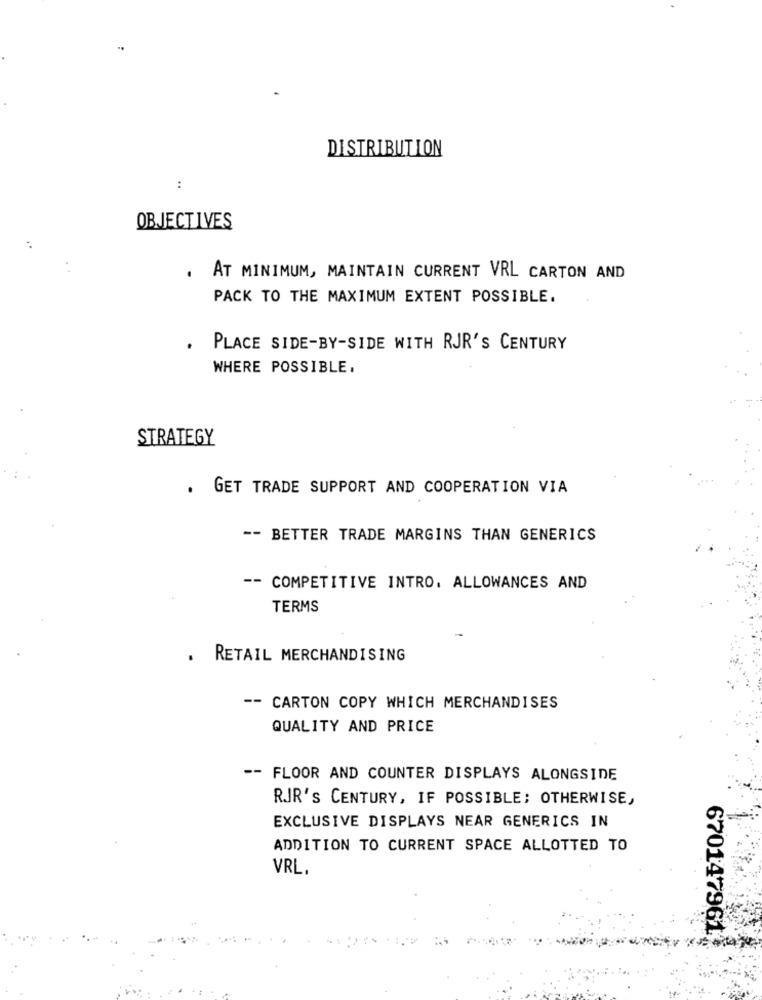
DISTRIBUTION
:
OBJECTIVES
* *
. AT MINIMUM, MAINTAIN CURRENT VRL CARTON AND
PACK TO THE MAXIMUM EXTENT POSSIBLE.
. PLACE SIDE-BY-SIDE WITH RJR'S CENTURY
WHERE POSSIBLE.
STRATEGY
. GET TRADE SUPPORT AND COOPERATION VIA
-- BETTER TRADE MARGINS THAN GENERICS
-- COMPETITIVE INTRO. ALLOWANCES AND
TERMS
.
RETAIL MERCHANDISING
-- CARTON COPY WHICH MERCHANDISES
QUALITY AND PRICE
-- FLOOR AND COUNTER DISPLAYS ALONGSIDE
RIR's CENTURY, IF POSSIBLE; OTHERWISE,
EXCLUSIVE DISPLAYS NEAR GENERICS IN
ADDITION TO CURRENT SPACE ALLOTTED TO
VRL.
670147961;